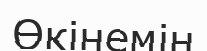
Өкінемін